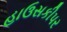
હાઉસકીપર